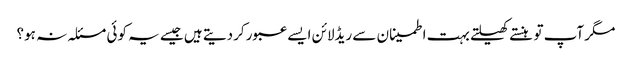
مگر آپ تو ہنستے کھیلتے بہت اطمینان سے ریڈلائن ایسے عبور کردیتے ہیں جیسے یہ کوئی مسئلہ نہ ہو؟